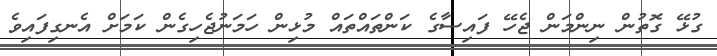
ގުޅޭ ގޮތުން ނިންމަން ޖެހޭ ފައިސާގެ ކަންތައްތައް މުޅިން ހަމަނުޖެހިގެން ކަމަށް އެނގިފައިވެ